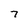
Character: 7